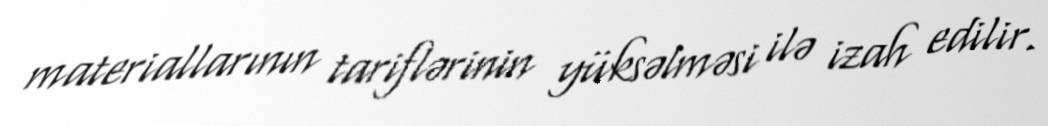
materiallarının tariflərinin yüksəlməsi ilə izah edilir.